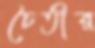
চৈতীর